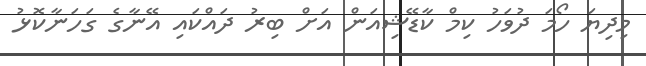
މިދިޔަ ހޯމަ ދުވަހު ކިމް ކާޑޭޝިއަން އަށް ބިރު ދައްކައި އޭނާގެ ގަހަނާކޮޅު